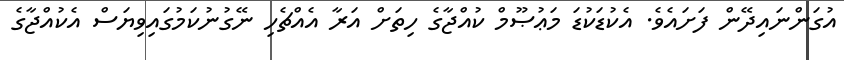
އުގަންނައިދޭން ފަށައެވެ. އެކުޑަކުޑަ މަޢުޞޫމް ކުއްޖާގެ ހިތަށް އަރާ އެއްޗެހި ނޭގުނުކަމުގައިވިޔަސް އެކުއްޖާގެ